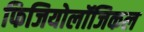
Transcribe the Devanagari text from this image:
फिजियोलॉजिकल